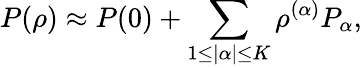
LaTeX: P(\rho)\approx P(0)+\sum_{1\leq|\alpha|\leq K}\rho^{(\alpha)}P_{\alpha},